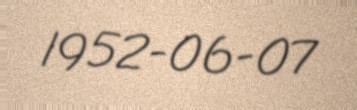
1952-06-07